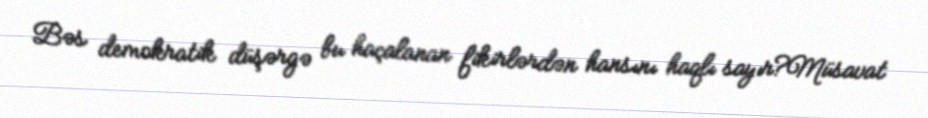
Bəs demokratik düşərgə bu haçalanan fikirlərdən hansını haqlı sayır?Müsavat